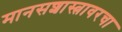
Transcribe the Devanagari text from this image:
मानसशास्त्रावरचा